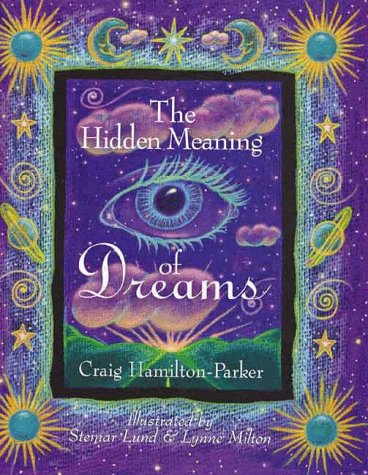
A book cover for The Hidden Meaning of Dreams; Craig Hamilton-Parker; Self-Help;